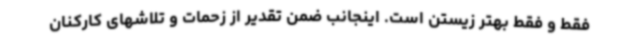
فقط و فقط بهتر زیستن است. اینجانب ضمن تقدیر از زحمات و تلاشهای کارکنان